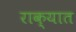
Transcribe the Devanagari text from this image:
राक्यात